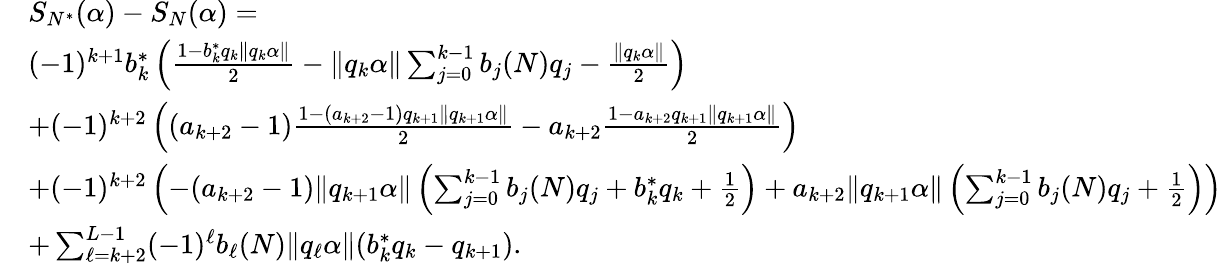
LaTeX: \begin{array}{rl}&{S_{N^{*}}(\alpha)-S_{N}(\alpha)=}\\ &{(-1)^{k+1}b_{k}^{*}\left(\frac{1-b_{k}^{*}q_{k}\| q_{k}\alpha\| }{2}-\| q_{k}\alpha\| \sum_{j=0}^{k-1}b_{j}(N)q_{j}-\frac{\| q_{k}\alpha\| }{2}\right)}\\ &{+(-1)^{k+2}\left((a_{k+2}-1)\frac{1-(a_{k+2}-1)q_{k+1}\| q_{k+1}\alpha\| }{2}-a_{k+2}\frac{1-a_{k+2}q_{k+1}\| q_{k+1}\alpha\| }{2}\right)}\\ &{+(-1)^{k+2}\left(-(a_{k+2}-1)\| q_{k+1}\alpha\| \left(\sum_{j=0}^{k-1}b_{j}(N)q_{j}+b_{k}^{*}q_{k}+\frac{1}{2}\right)+a_{k+2}\| q_{k+1}\alpha\| \left(\sum_{j=0}^{k-1}b_{j}(N)q_{j}+\frac{1}{2}\right)\right)}\\ &{+\sum_{\ell=k+2}^{L-1}(-1)^{\ell}b_{\ell}(N)\| q_{\ell}\alpha\| (b_{k}^{*}q_{k}-q_{k+1}).}\end{array}